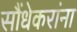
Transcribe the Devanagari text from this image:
सौंधेकरांना